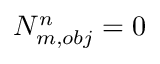
N _ { m , o b j } ^ { n } = 0